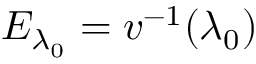
E _ { \lambda _ { 0 } } = v ^ { - 1 } ( \lambda _ { 0 } )